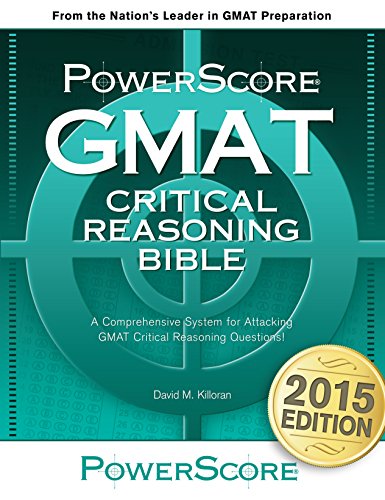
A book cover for The PowerScore GMAT Critical Reasoning Bible; David M. Killoran; Test Preparation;